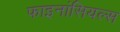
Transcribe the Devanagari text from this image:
फाइनांसियल्स